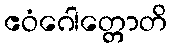
ဧဝံဂေါတ္တောတိ